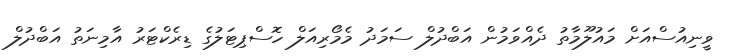
ވީނިއުސްއަށް މައުލޫމާތު ދެއްވަމުން އަބްދުލް ސަމަދު މެމޯރިއަލް ހޮސްޕިޓަލުގެ ޑިރެކްޓަރު އާމިނަތު އަބްދުލް